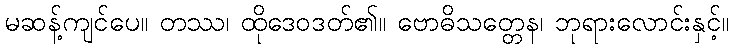
မဆန့်ကျင်ပေ။ တဿ၊ ထိုဒေဝဒတ်၏။ ဗောဓိသတ္တေန၊ ဘုရားလောင်းနှင့်။